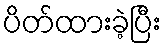
ပိတ်ထားခဲ့ပြီး